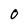
Character: 0